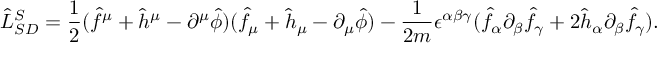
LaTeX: \hat { \cal { L } } _ { S D } ^ { S } = \frac { 1 } { 2 } ( \hat { f } ^ { \mu } + \hat { h } ^ { \mu } - \partial ^ { \mu } \hat { \phi } ) ( \hat { f } _ { \mu } + \hat { h } _ { \mu } - \partial _ { \mu } \hat { \phi } ) - \frac { 1 } { 2 m } \epsilon ^ { \alpha \beta \gamma } ( \hat { f } _ { \alpha } \partial _ { \beta } \hat { f } _ { \gamma } + 2 \hat { h } _ { \alpha } \partial _ { \beta } \hat { f } _ { \gamma } ) .